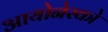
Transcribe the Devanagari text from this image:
आयोनेस्को